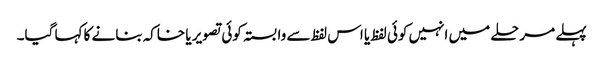
پہلے مرحلے میں انہیں کوئی لفظ یا اس لفظ سے وابستہ کوئی تصویر یا خاکہ بنانے کا کہا گیا۔